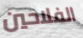
الفلاحين